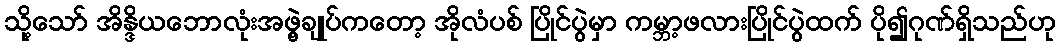
သို့သော် အိန္ဒိယဘောလုံးအဖွဲ့ချုပ်ကတော့ အိုလံပစ် ပြိုင်ပွဲမှာ ကမ္ဘာ့ဖလားပြိုင်ပွဲထက် ပို၍ဂုဏ်ရှိသည်ဟု